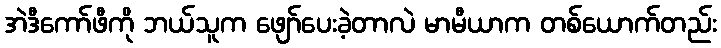
အဲဒီကော်ဖီကို ဘယ်သူက ဖျော်ပေးခဲ့တာလဲ မာမီယာက တစ်ယောက်တည်း